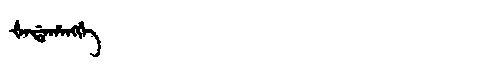
Manchu: ᡧᠠᡩᠠᡥᠠᠩᡤᡝ
Romanization: ŠADAHANGGE